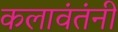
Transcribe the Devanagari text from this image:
कलावंतंनी